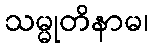
သမ္မုတိနာမ၊